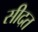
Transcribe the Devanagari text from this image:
सीदत